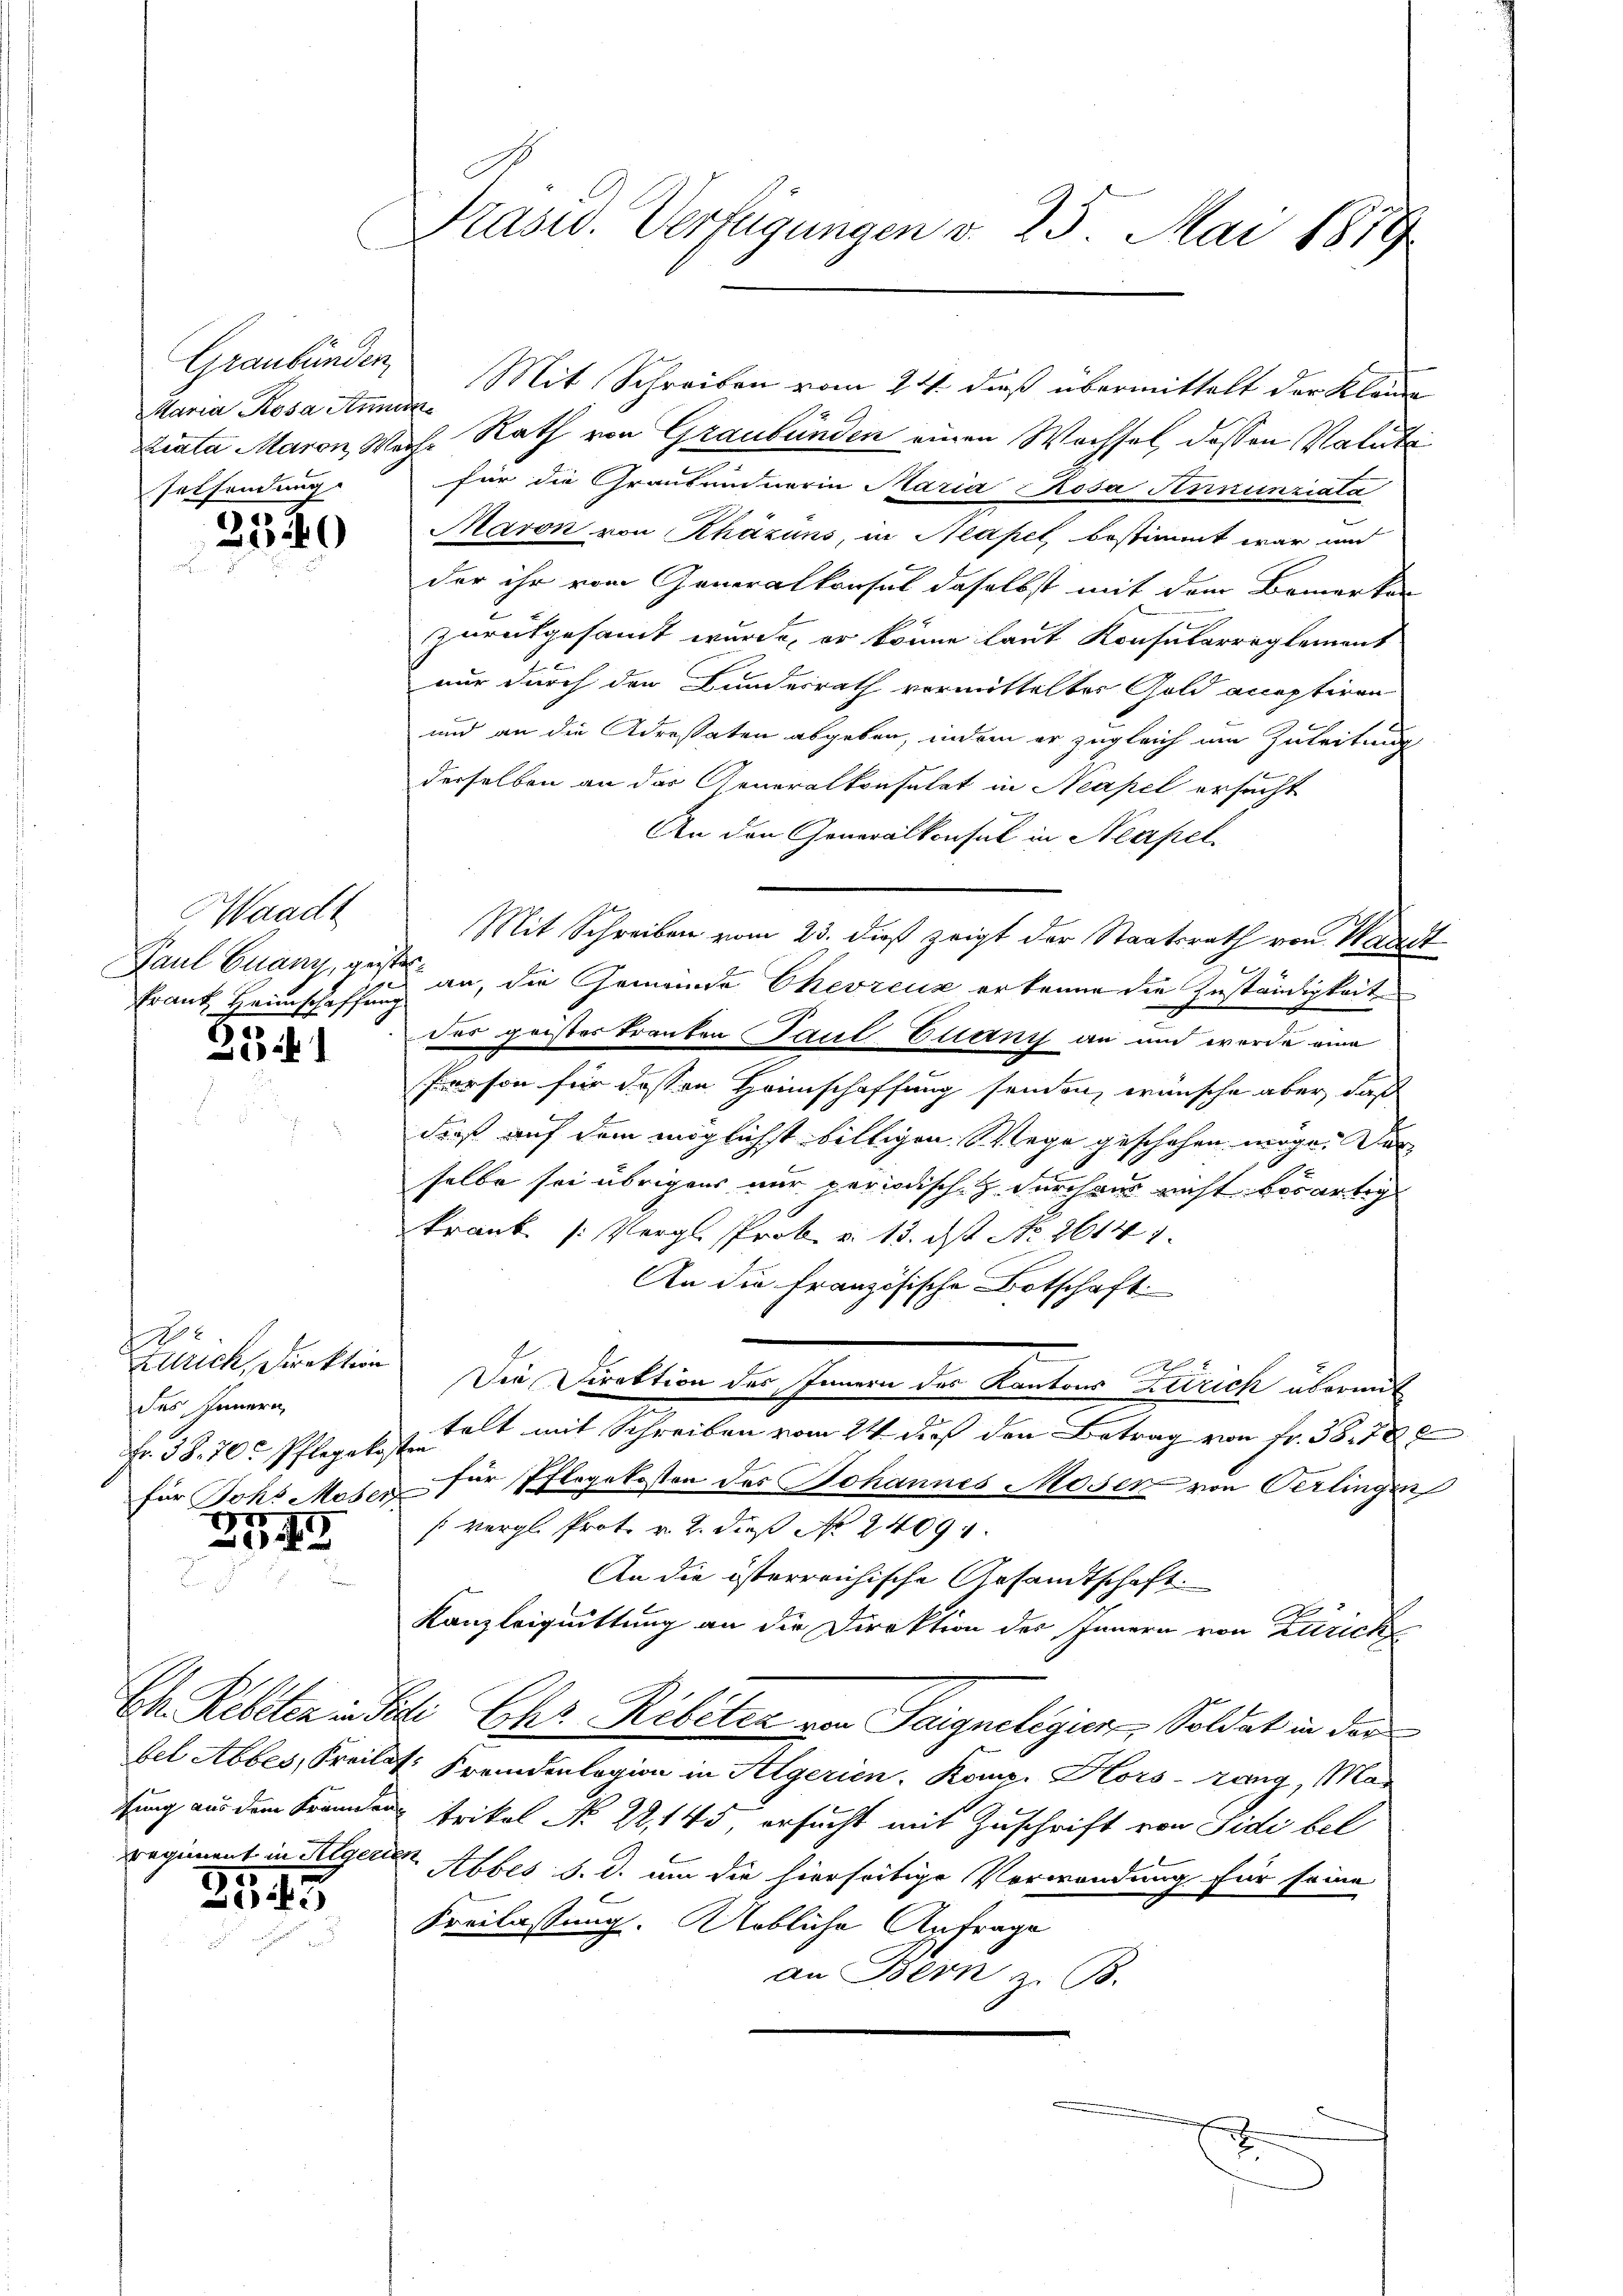
Graubünden
Maria Rosa Anna
Eelsendung

2340

Waadt
Erant Heimschaffung

2541

Zürich, Direktion
des Innern,
Fr. 38. 70. Pflegalis
1

42

Ch. Rebeten in der
bel Abbes, Kreise.
thung aus dem Bränden
regiment in Algern

2543

Präsid. Verfügungen v. 25. Mai 1879

Liata Maron Wache Rath von Graubünden einen Wachsel, dessen Natute
für die Graubündnerin Maria Rosa Fununziata
Maron von Khäzuns, in Neapel, bestimmt war und
der ihr vom Generalkonsul daselbst mit dem Bemerken
2
zurückgesandt wurde, er könne laut Konsularreglement
nur durch den Bundesrath vormittelter Gold acceptiren
und an die Adrestaten abgeben, indem er zugleich am Zuleitung
derselben an das Generalkonsulat in Neapel ersucht
An den Generalkonsul in Neapel.
Mit Schreiben vom 23. dieß zeigt der Staatsrath von Waadt
Paul Guany, gesten an, die Gemeinde Chevreuz erkenne die Zuständigkeite
der geister tranten Paul Euani an und werde eine
Person für dessen Heimschaffung senden, wünsche aber, daß
dieß auf dem möglichst billigen Wege geschehen möge. Der
selbe sei übrigens nur periodische durch wir nicht besartig
krank (Vergl. Prok. v. 13. Ist No. 26141
An die Französische Botschaft
Die Punktion den Jennern der Kantons Zürich übermit
n
telt mit Schreiben vom 24 dieß den Betrag von Fr. 387
ten
für Johs Moser für Pflegekosten des Johannes Moser von Oerlingen
[vergl. Prot. v. 2. dieß N 2409.
An die österreichische Gesandtschaft.
Kanzleiquittung an die Direktion des Innern von Zürich
Dr. Chr. Rebeter von Teignelegier, Soldat in der
1: Fremdenlegion in Algerien. Komp. Hors-rang, Mar
trikel No 22. 145 ersucht mit Zuschrift von Fidi bel
v. Abbes d. d. um die hierseitige Verwendung für seine
Freilassung. obliche Anfrage
an Bern z. B.

Mit Schreiben vom 24. daß übermittelt der Klage